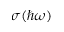
\sigma ( \hbar \omega )